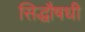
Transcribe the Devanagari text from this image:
सिद्धौषधी